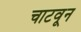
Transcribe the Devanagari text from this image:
चाटवून